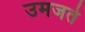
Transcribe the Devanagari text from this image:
उमजते